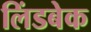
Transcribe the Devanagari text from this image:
लिंडबेक